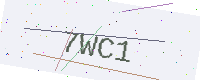
Text: 7WC1